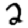
Digit: 2